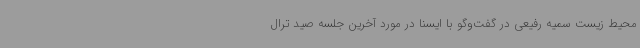
محیط زیست سمیه رفیعی در گفت‌وگو با ایسنا در مورد آخرین جلسه صید ترال